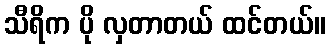
သီရိက ပို လှတာတယ် ထင်တယ်။